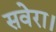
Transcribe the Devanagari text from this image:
सवेरा।